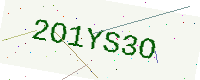
Text: 2O1YS3O